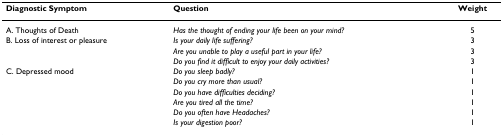
| Diagnostic Symptom | Question | Weight |
 | --- | --- | --- |
 | A. Thoughts of Death | Has the thought of ending your life been on your mind? | 5 |
 | B. Loss of interest or pleasure | Is your daily life suffering? | 3 |
 |  | Are you unable to play a useful part in your life? | 3 |
 |  | Do you find it difficult to enjoy your daily activities? | 3 |
 | C. Depressed mood | Do you sleep badly? | 1 |
 |  | Do you cry more than usual? | 1 |
 |  | Do you have difficulties deciding? | 1 |
 |  | Are you tired all the time? | 1 |
 |  | Do you often have Headaches? | 1 |
 |  | Is your digestion poor? | 1 |